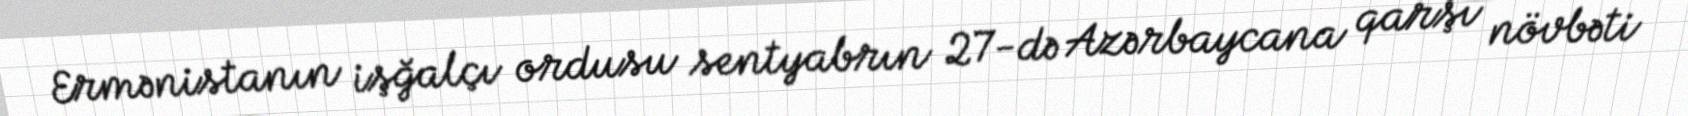
Ermənistanın işğalçı ordusu sentyabrın 27-də Azərbaycana qarşı növbəti